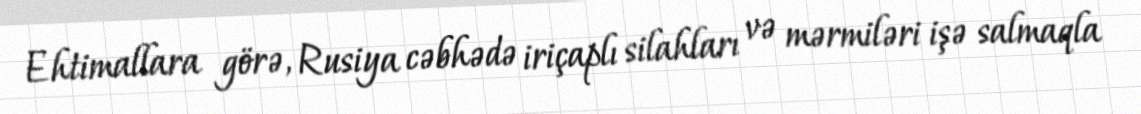
Ehtimallara görə, Rusiya cəbhədə iriçaplı silahları və mərmiləri işə salmaqla